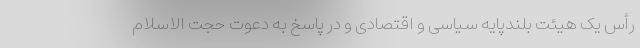
رأس یک هیئت بلندپایه سیاسی و اقتصادی و در پاسخ به دعوت حجت الاسلام